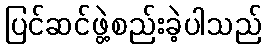
ပြင်ဆင်ဖွဲ့စည်းခဲ့ပါသည်